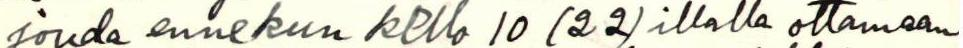
jouda ennekun kello 10 (22) illalla ottamaan